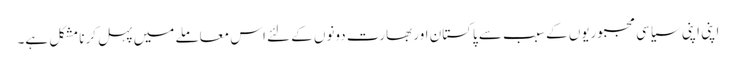
اپنی اپنی سیاسی مجبوریوں کے سبب سے پاکستان اور بھارت دونوں کے لئے اس معاملے میں پہل کرنا مشکل ہے۔